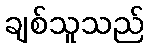
ချစ်သူသည်